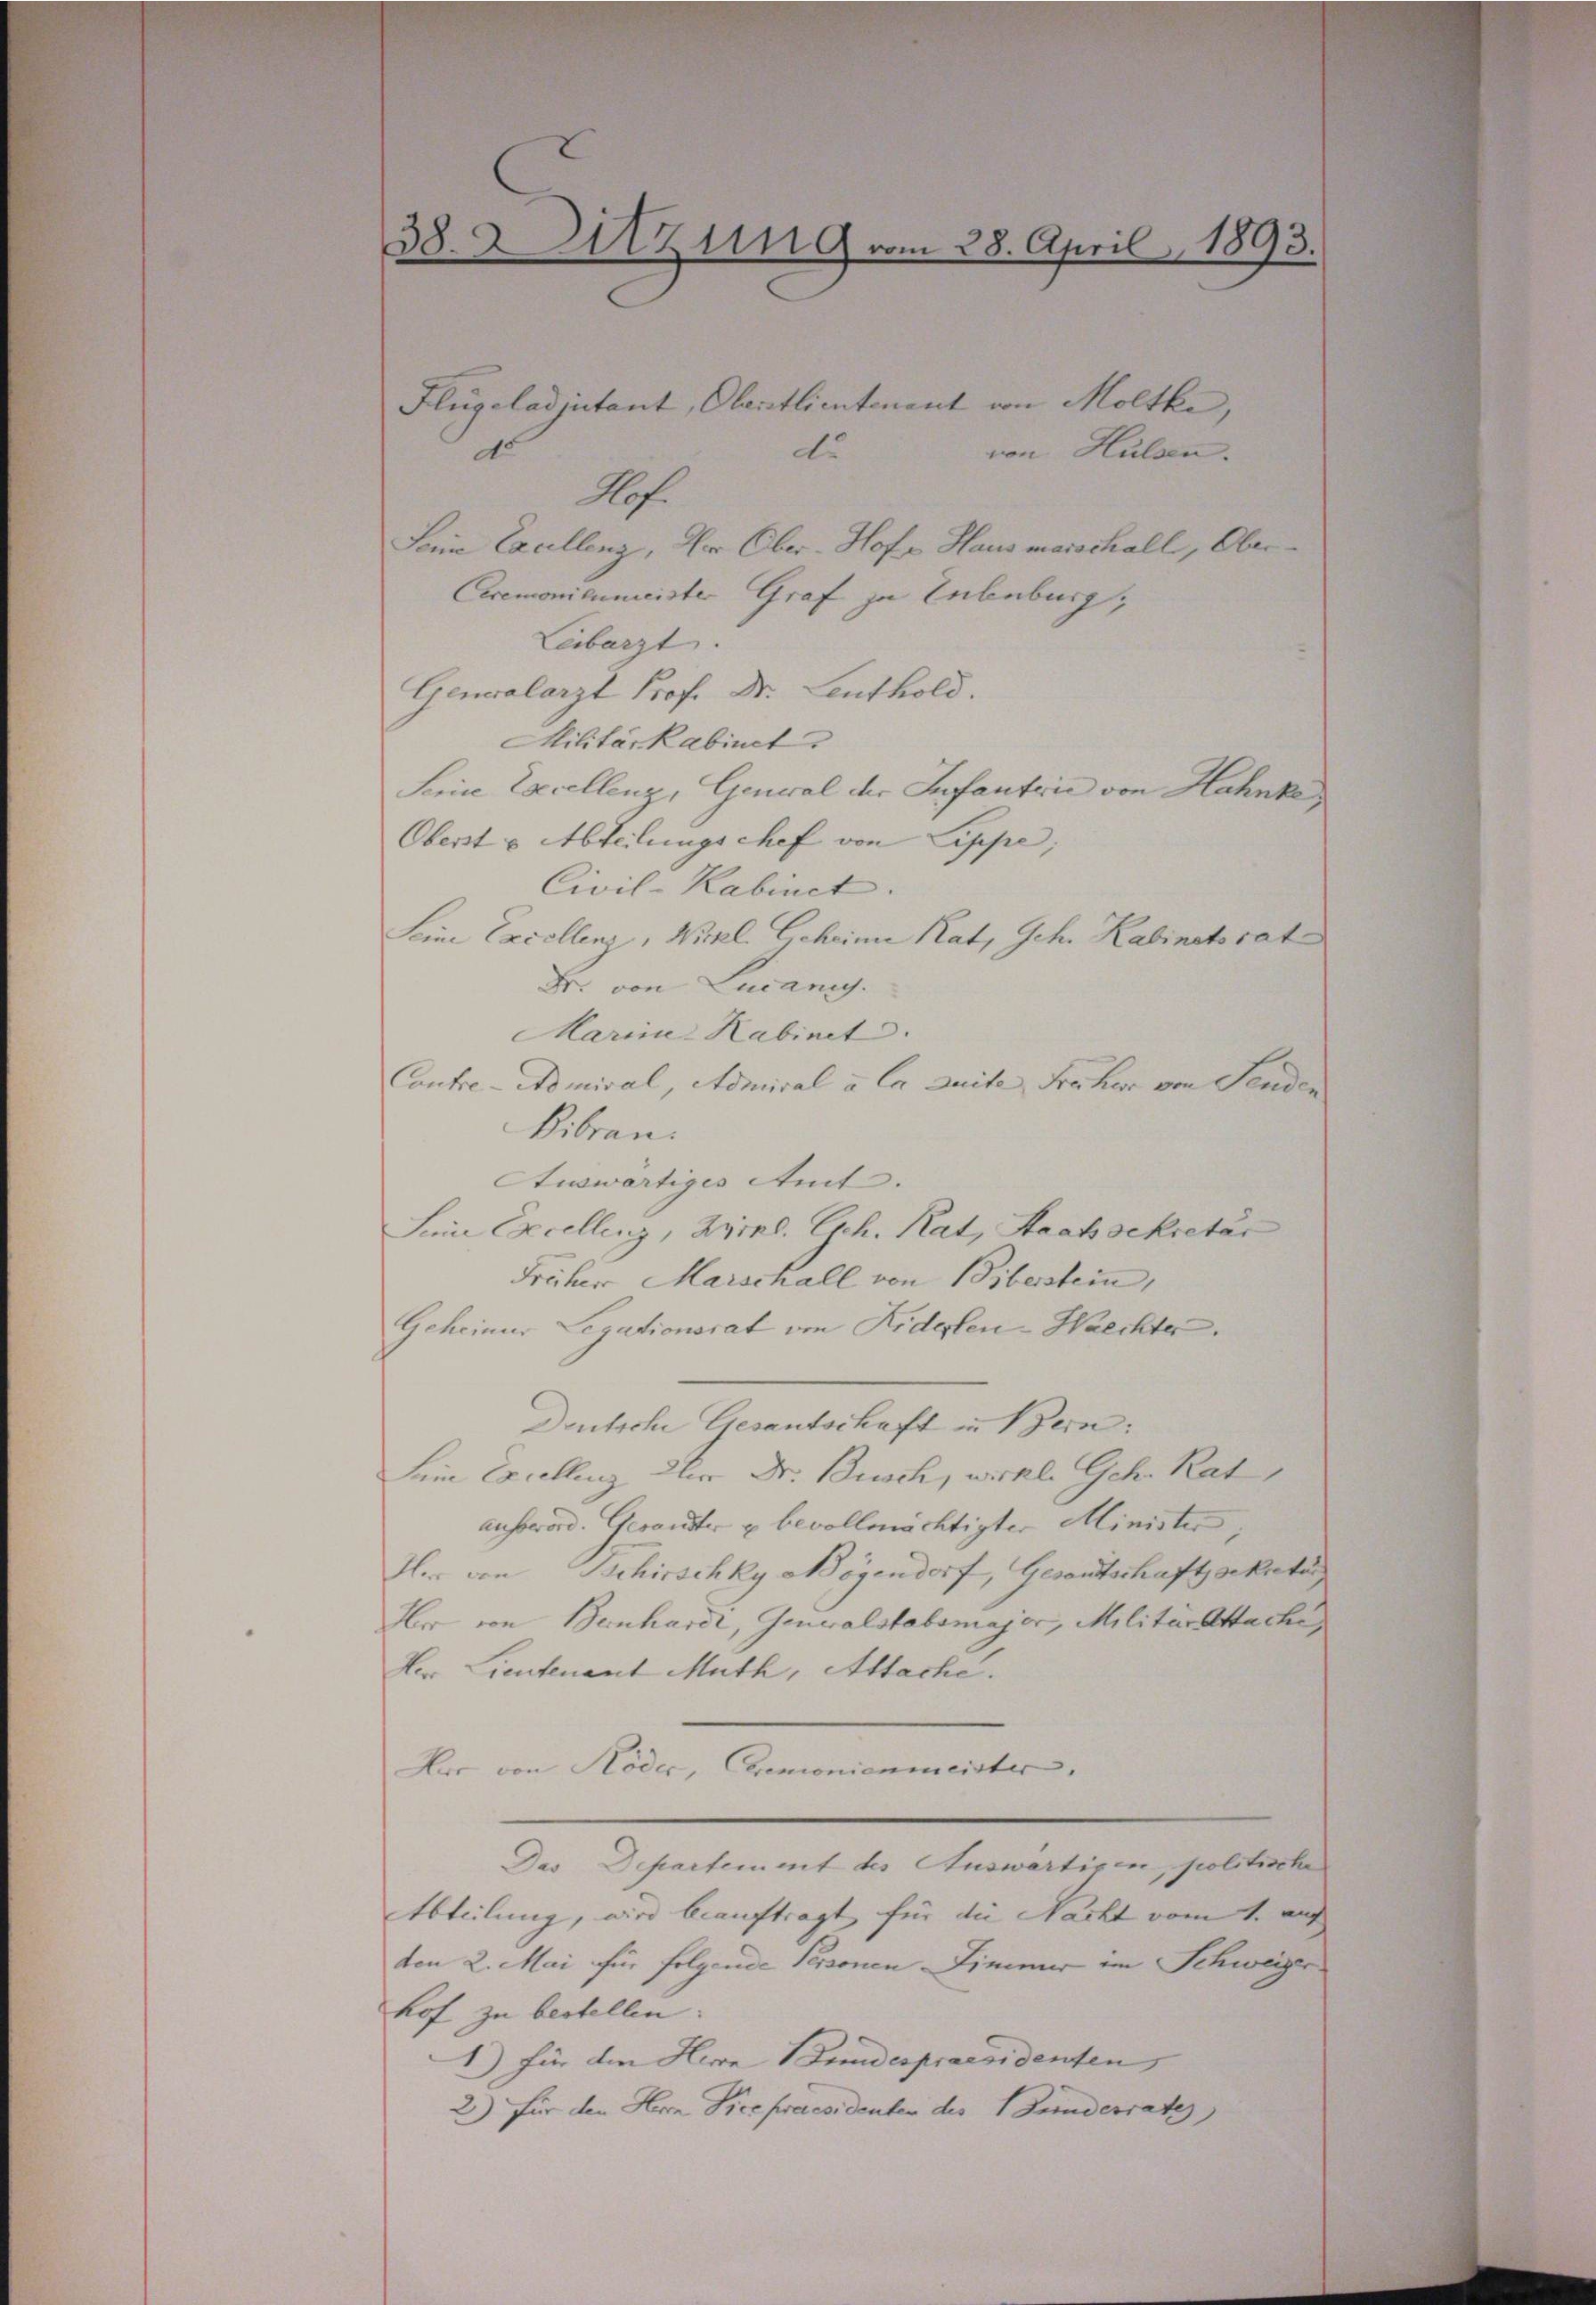
382 Sitzung vom 28. April
1893.

Aof.
Sein Excellenz, Dr. Ober-Hof. Hausmarschall, Ober¬
Cremonienmeiste Graf zu Tubeburg,
Leibarzt.
Generalarzt Prof. Dr. Leuthold.
Militärkabinet
Seine Excellenz, General der Infantrie von Hahnke
Oberst u. Abteilungschef von Lippe,
Civil-Kabinet.
Seine Excellenz, Nikl. Scheine Rat, Sch. Kabinetrat
Dr. von Lucanis
Marina Habinet
Contre-Admiral, Admiral u. Ca Zeite, Früher von Senden
Vibrau
Auswärtiges Amt. |
Sein Excellenz, Zins. Gsch. Rat, Staatsekretär
Früher Marschall von Biberstein,
Geheiner Legationsrat im Ridelen-Walchter,
Deutsche Gesantschaft in Bern:
Dein Excellenz der Dr. Busch, wirkl. Geh. Rat
ausserord. Gerandter u bevollmächtigter Minister,
H. von Schirschky Nögendorf, Gesandtschaftssekata
Ir von Bernhardt, Generalstabsmajor, Militärattache,
Der Lieutenant Muth, Altache.
Herr von Röder, Cremonienmeister
Das Departement des Auswartigen, politische
Abteilung, wir beauftragt, für die Nacht vom 1. auf
den 2. Mai für folgende Personen Zimmer im Schweize
hof zu bestellen.
1) für die Herrn Bundespraesidenten,
2) für den Herrn Vicepraesidenten des Bundesrates)

Flügeladjutant, Oberstlientenent von Moltke,
de

von Hülsen.